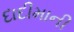
દાદીમાની